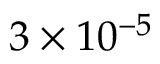
3 \times 1 0 ^ { - 5 }